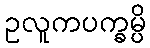
ဥလူကပက္ခမ္ပိ